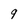
Character: 9